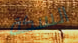
السكة